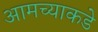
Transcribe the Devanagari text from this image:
आमच्‍याकडे